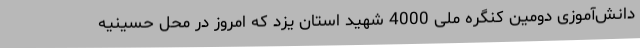
دانش‌آموزی دومین کنگره ملی 4000 شهید استان یزد که امروز در محل حسینیه